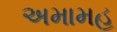
અમામહ